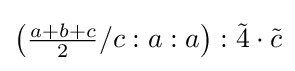
\left({\tfrac {a+b+c}{2}}/c:a:a\right):{\tilde {4}}\cdot {\tilde {c}}